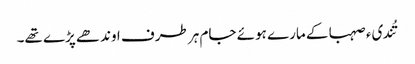
تُندیء صہبا کے مارے ہوئے جام ہر طرف اوندھے پڑے تھے۔